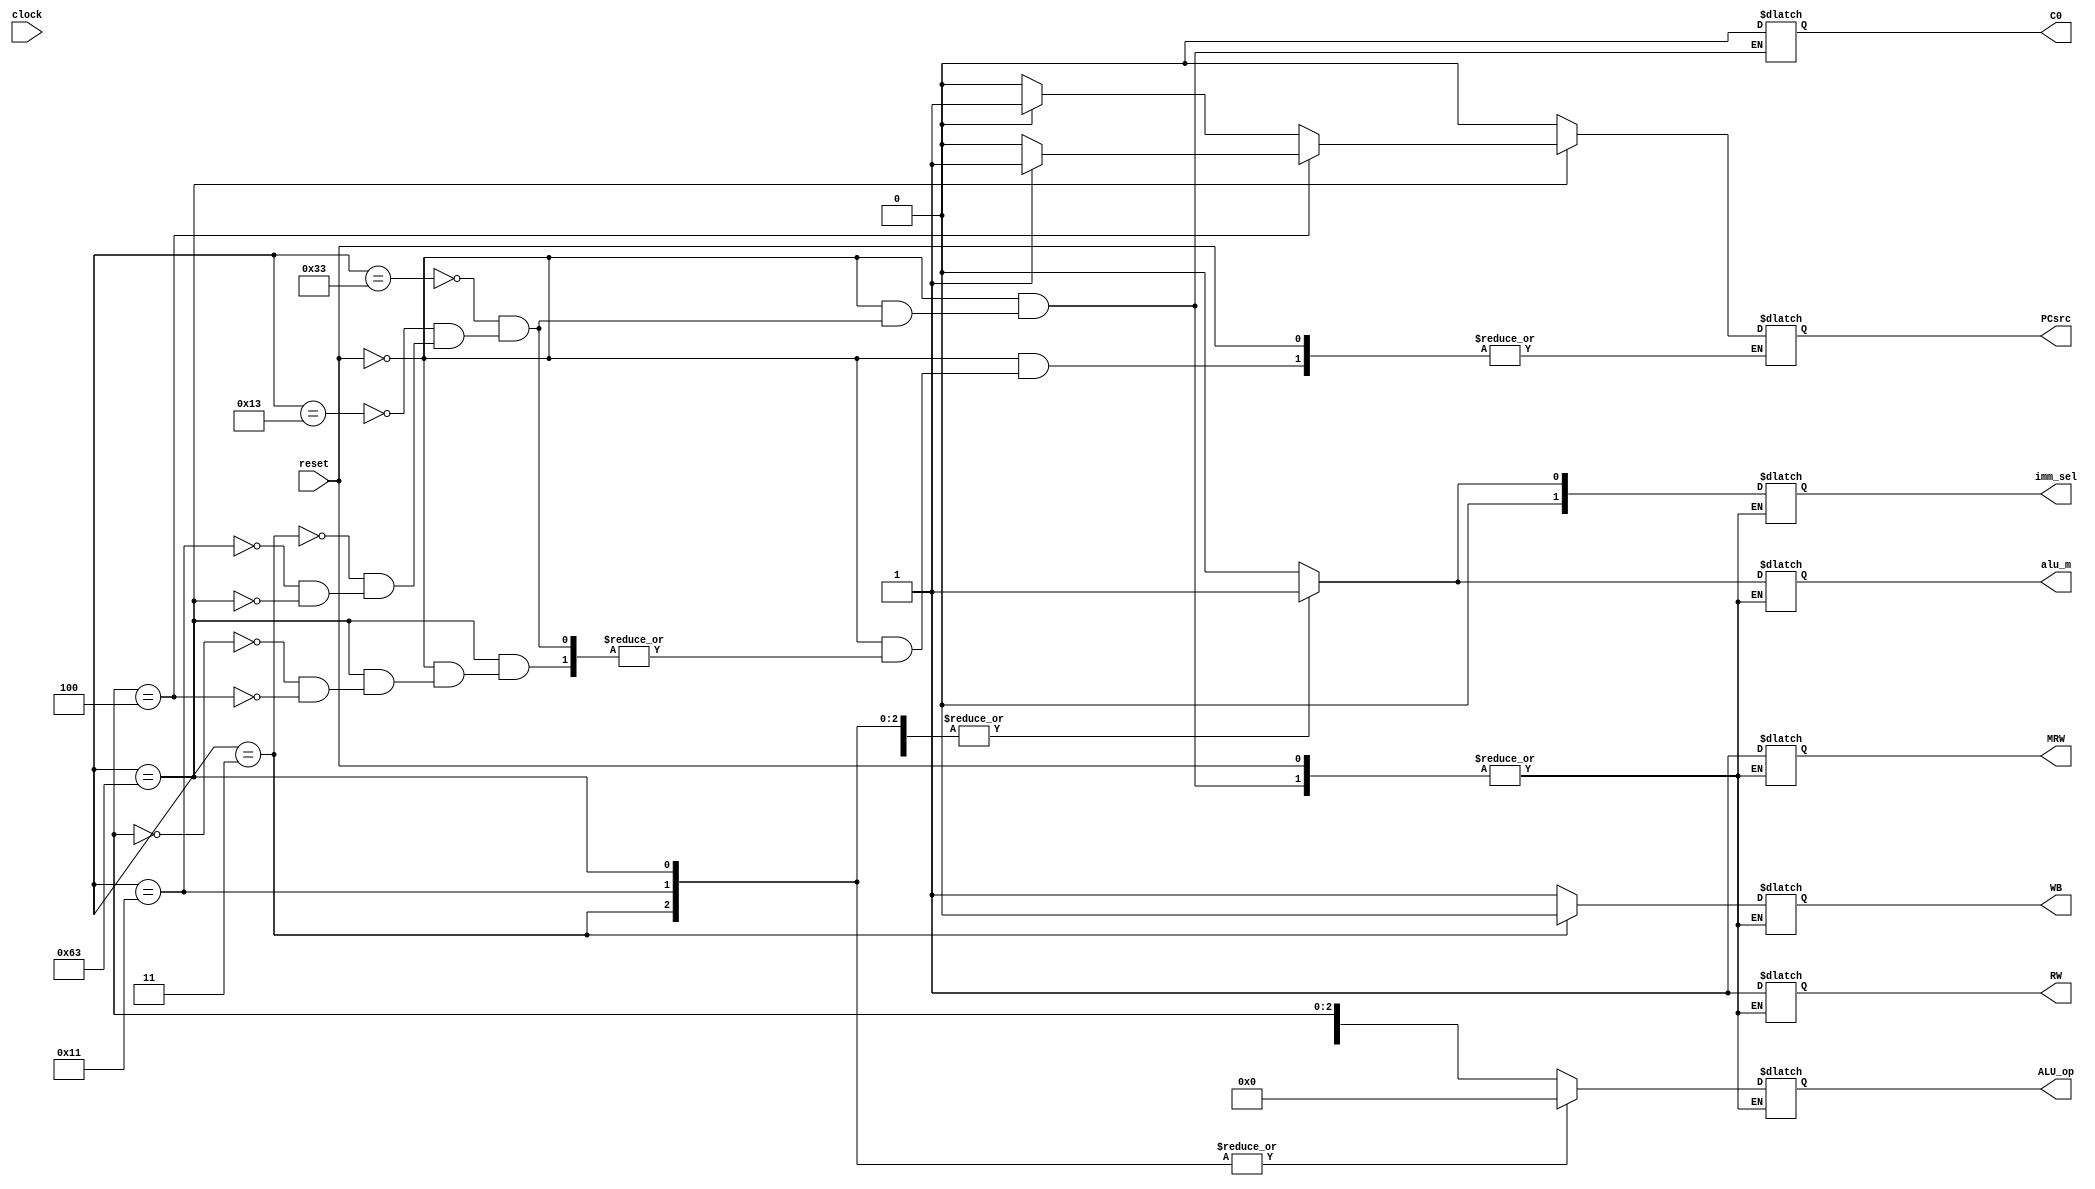
module controlunit (reset, clock, C0, alu_m, RW, ALU_op, MRW, WB, PCsrc, imm_sel);

input reset, clock;

output reg C0;
output reg alu_m;
output reg RW;
output reg [3:0] ALU_op;
output reg MRW;
output reg WB;
output reg PCsrc;
output reg [1:0] imm_sel;

reg [31:0] inst; //this is from the ROM file. code won't work without it so make sure that's on hand
reg [3:0] status_flag;

always @(inst or reset)
if (reset == 0)
case (inst [6:0])
	7'b0110011: begin
	C0 = 1'b0;
		alu_m = 1'b0;
		RW = 1'b1;
		MRW = 1'b1;
		WB = 1'b1;
		PCsrc = 1'b0;
		imm_sel = 2'b00;
		ALU_op = {inst[30],inst[14:12]};
		
		end
		
		7'b0010011: begin
		C0 = 1'b0;
		alu_m = 1'b1;
		RW = 1'b1;
		MRW = 1'b1;
		WB = 1'b1;
		PCsrc = 1'b0;
		imm_sel = 2'b01;
		ALU_op = {inst[30], inst[14:12]};
		
		end
		
		7'b0000011: begin
		C0 = 1'b0;
		alu_m = 1'b1;
		RW = 1'b1;
		MRW = 1'b1;
		WB = 1'b0;
		PCsrc = 1'b0;
		ALU_op = 4'b00000;
		imm_sel = 2'b01;
		
		end
		
		7'b010001: begin
		C0 = 1'b0;
		alu_m = 1'b1;
		RW = 1'b1;
		MRW = 1'b1;
		WB = 1'b1;
		PCsrc = 1'b0;
		ALU_op = 4'b0000;
		imm_sel = 2'b01;
		
		
		end
		
		7'b1100011: begin
		C0 = 1'b0;
		alu_m = 1'b1;
		RW = 1'b1;
		MRW = 1'b1;
		WB = 1'b1;
		imm_sel = 2'b01;
		
		case(inst[14:12])
		3'b000: begin
		PCsrc = status_flag[0]? 1'b1: 1'b0;
		end
		
		3'b100: begin
		PCsrc = status_flag[1]? 1'b1:1'b0;
		end
		endcase
		
		ALU_op = 4'b0000;
		
		end
		
	endcase
else
C0 = 1'b0;

endmodule